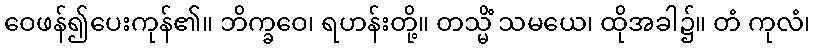
ဝေဖန်၍ပေးကုန်၏။ ဘိက္ခဝေ၊ ရဟန်းတို့။ တသ္မိံ သမယေ၊ ထိုအခါ၌။ တံ ကုလံ၊